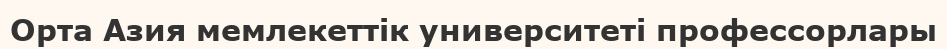
Орта Азия мемлекеттік университеті профессорлары